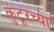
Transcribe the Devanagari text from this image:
कुंटूरच्या